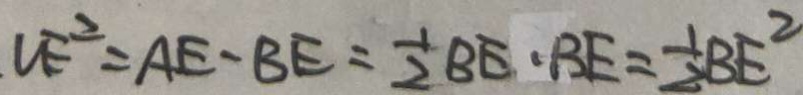
V E ^ { 2 } = A E - B E = \frac { 1 } { 2 } B E \cdot B E = \frac { 1 } { 2 } B E ^ { 2 }